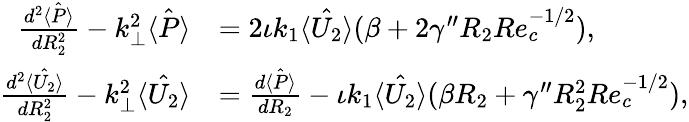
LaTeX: \begin{array}{rl}{\frac{d^{2}\hat{\langle P\rangle}}{dR_{2}^{2}}-k_{\perp}^{2}\hat{\langle P\rangle}}&{=2\iota k_{1}\hat{\langle U_{2}\rangle}(\beta+2\gamma^{\prime\prime}R_{2}Re_{c}^{-1/2}),}\\ {\frac{d^{2}\hat{\langle U_{2}\rangle}}{dR_{2}^{2}}-k_{\perp}^{2}\hat{\langle U_{2}\rangle}}&{=\frac{d\hat{\langle P\rangle}}{dR_{2}}-\iota k_{1}\hat{\langle U_{2}\rangle}(\beta R_{2}+\gamma^{\prime\prime}R_{2}^{2}Re_{c}^{-1/2}),}\end{array}